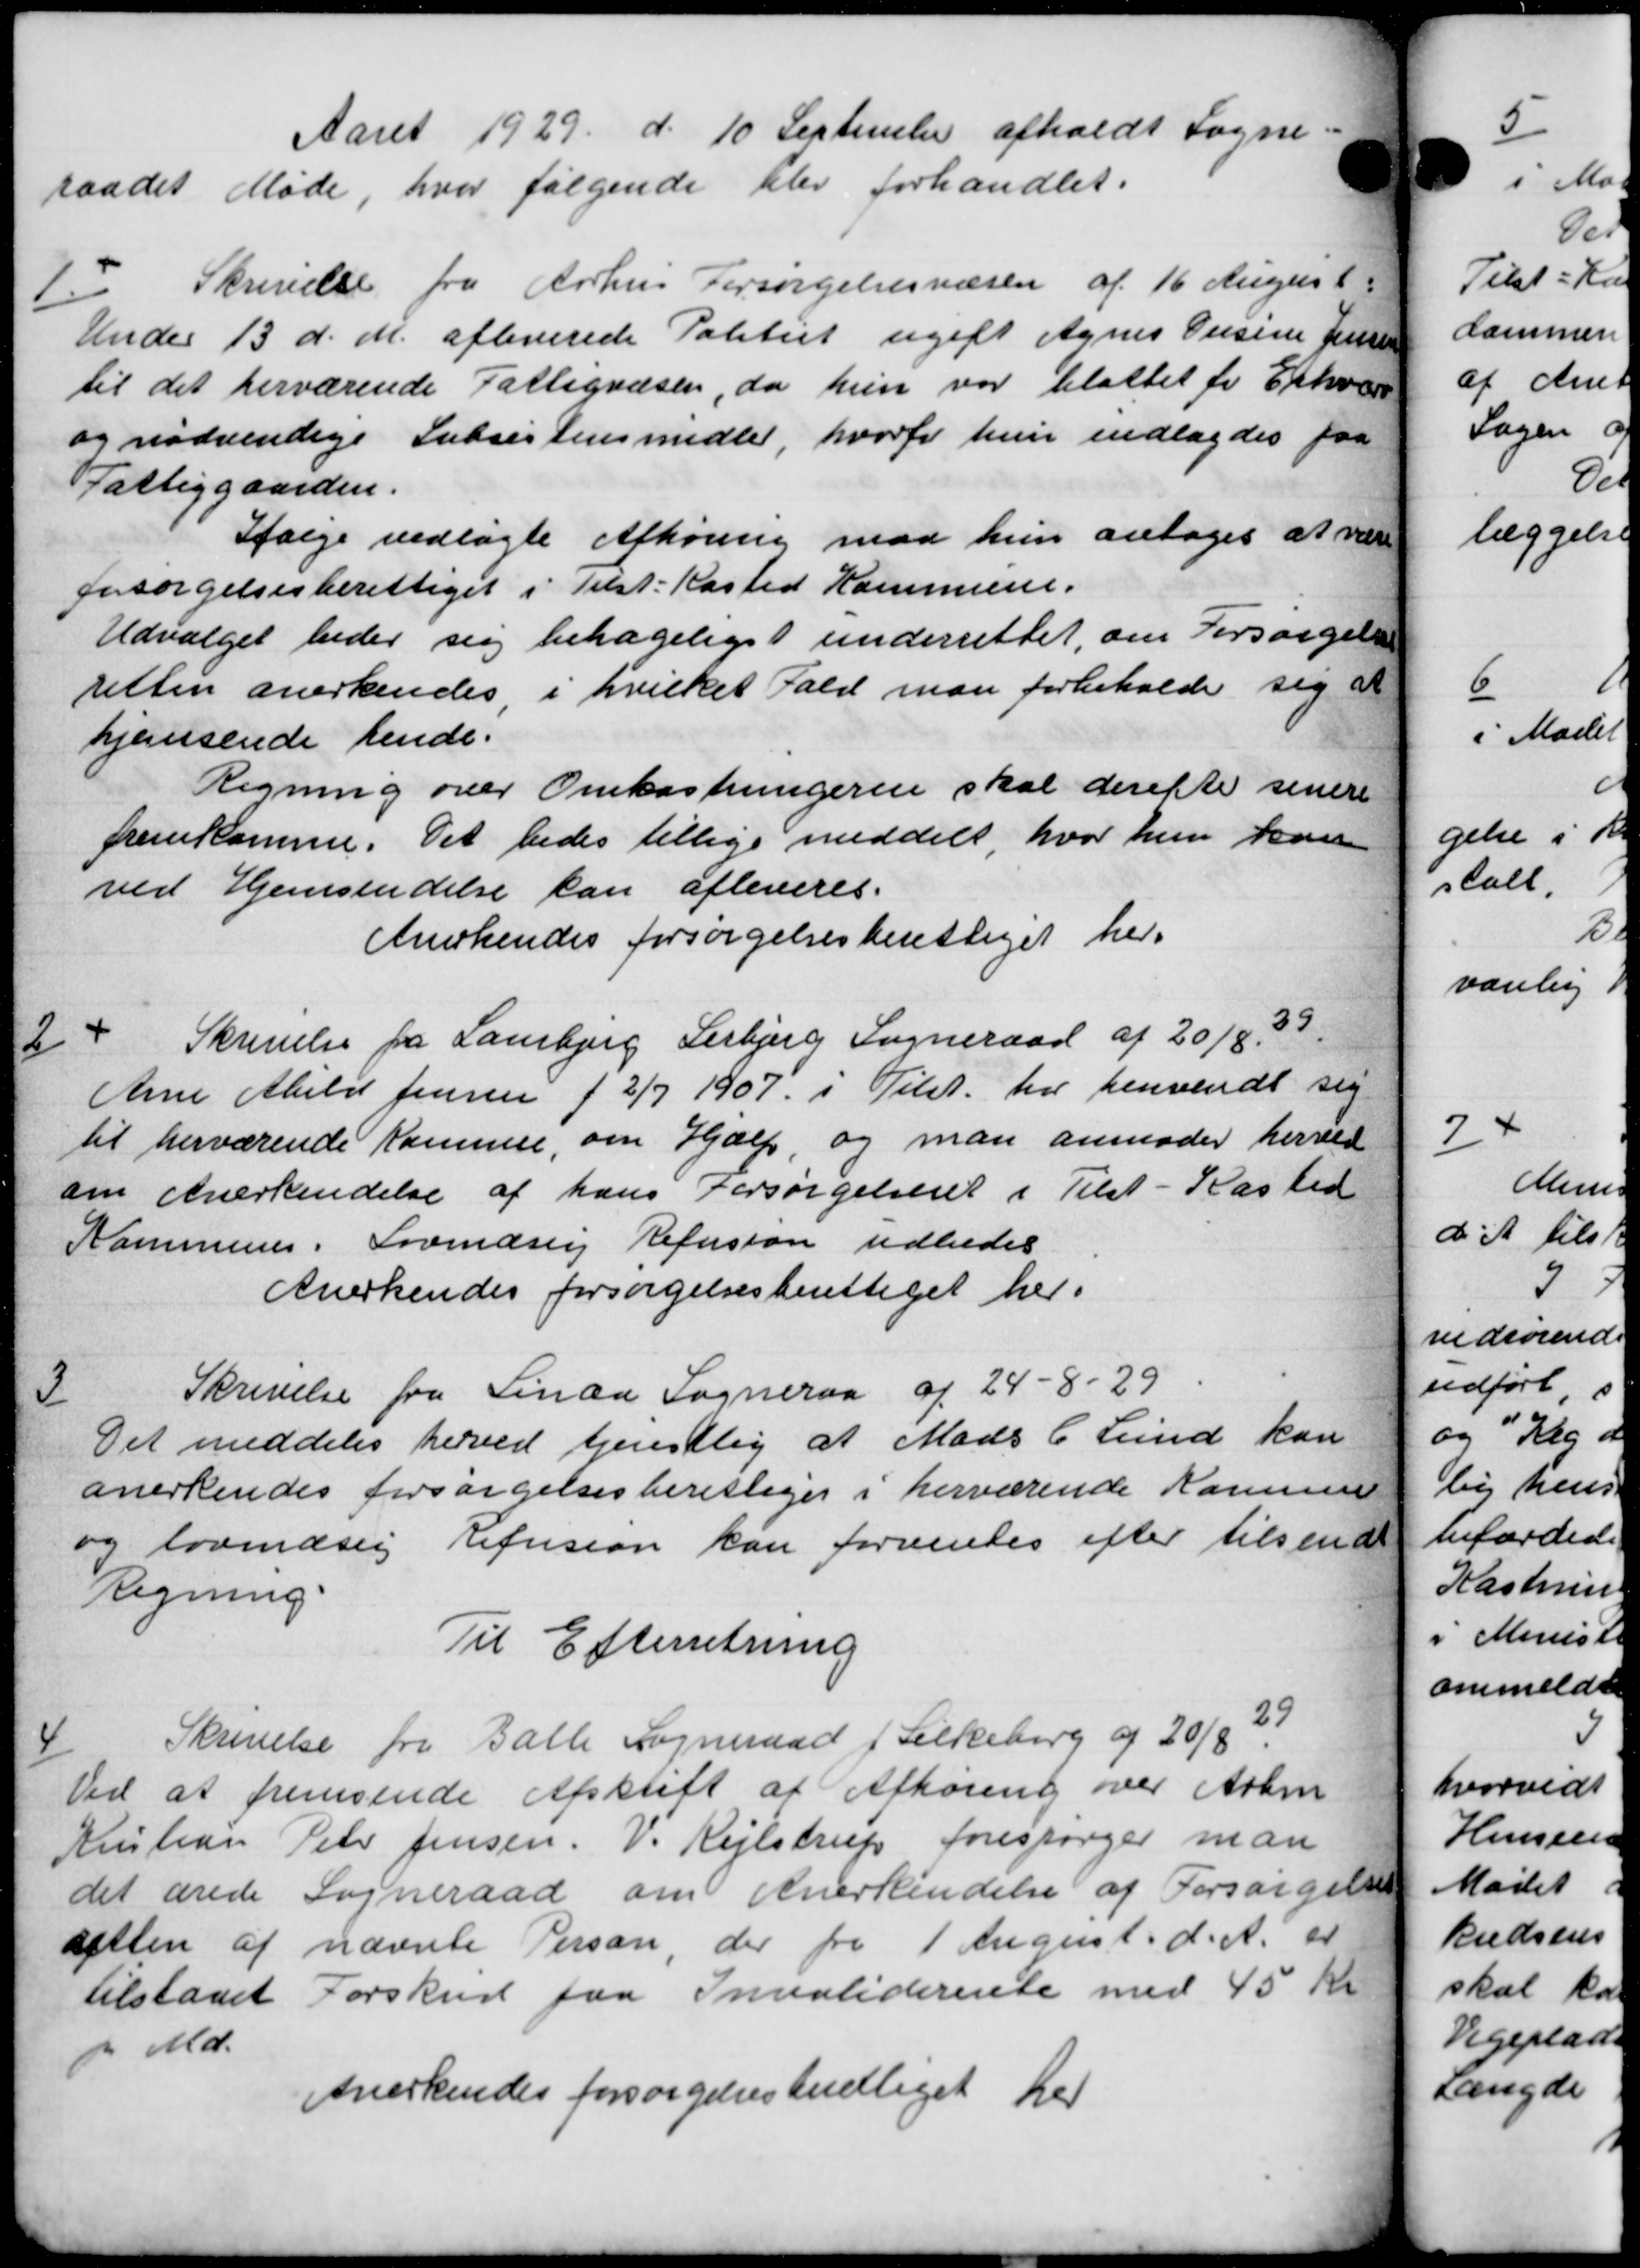
Transskription:
Aaret 1929 d. 10 September afholdt Sogne=
raadet Møde, hvor følgende blev forhandlet.
1
Skrivelse fra Aarhus Forsørgelsesvæsen af 16 August
Under 13 d. M. afleverede Politiet ugift Agnes Onsine Jensen
til det herværende Fattigvæsen, da hun var tilattet for Erhverv
og nødvendige Subsistensmidler, hvorfor hun indlagdes faa
Fattiggaarden.
Ifølge vedlagte Afhøring maa hun antoges at være
forsørgelsesberettiget i Tilst-Kasted Kommune.
Udvalget beder sig behageliges underrettet, om Forsørgelse
retten anerkendes i hvilket Fald man forbeholde sig at
hjemsende hende:
Regning over Omkostningerne skal derefter senere
fremkomme. Det bedes tillige meddelt, hvor hun kan
ved Hjemsendelse kan afleveres.
Anerkendes forsørgelsesberettiget her.
2
Skrivelse fra Laurbjerg Lerbjerg Sogneraad af 20/8 39.
Anne Abild Jensen f 2/7 1907 i Tilst. har henvendt sig
til herværende Kommer, om Hjælp og man anmoder herved
om Anerkendelse af hans Forsørgelsenet i Tilst-Kasted
Kommunen i Lovindsig Refusion udbedes
Anerkendes forsørgelsesberettiget her.
3
Skrivelse fra Linaa Sogneraa af 24 - 8 - 29
Det meddeles herved tjenstlig at Mads C. Lund kan
anerkendes forsørgelsesberettiget i herværende Kommu
og lovendsig Refusion kan forventes efter tilsendt
Regning.
Til Efterretning
4
Skrivelse fra Balle Sogneraad f Silkeborg og 20/8. 29
Ved at fremsende Afskrift af Afhøring over Arbm
Kristian Peter Jensen. V. Rejlstrup forespørger man
det ærede Sogneraad om Anerkendelse af Forsørgelses
aften af nævnte Person der fra 1 August d. A. er
tilstaaet Forskud fra Invaliderente med 45 Kr
f. Md.
Anerkendes forsørgelsesberettiget her